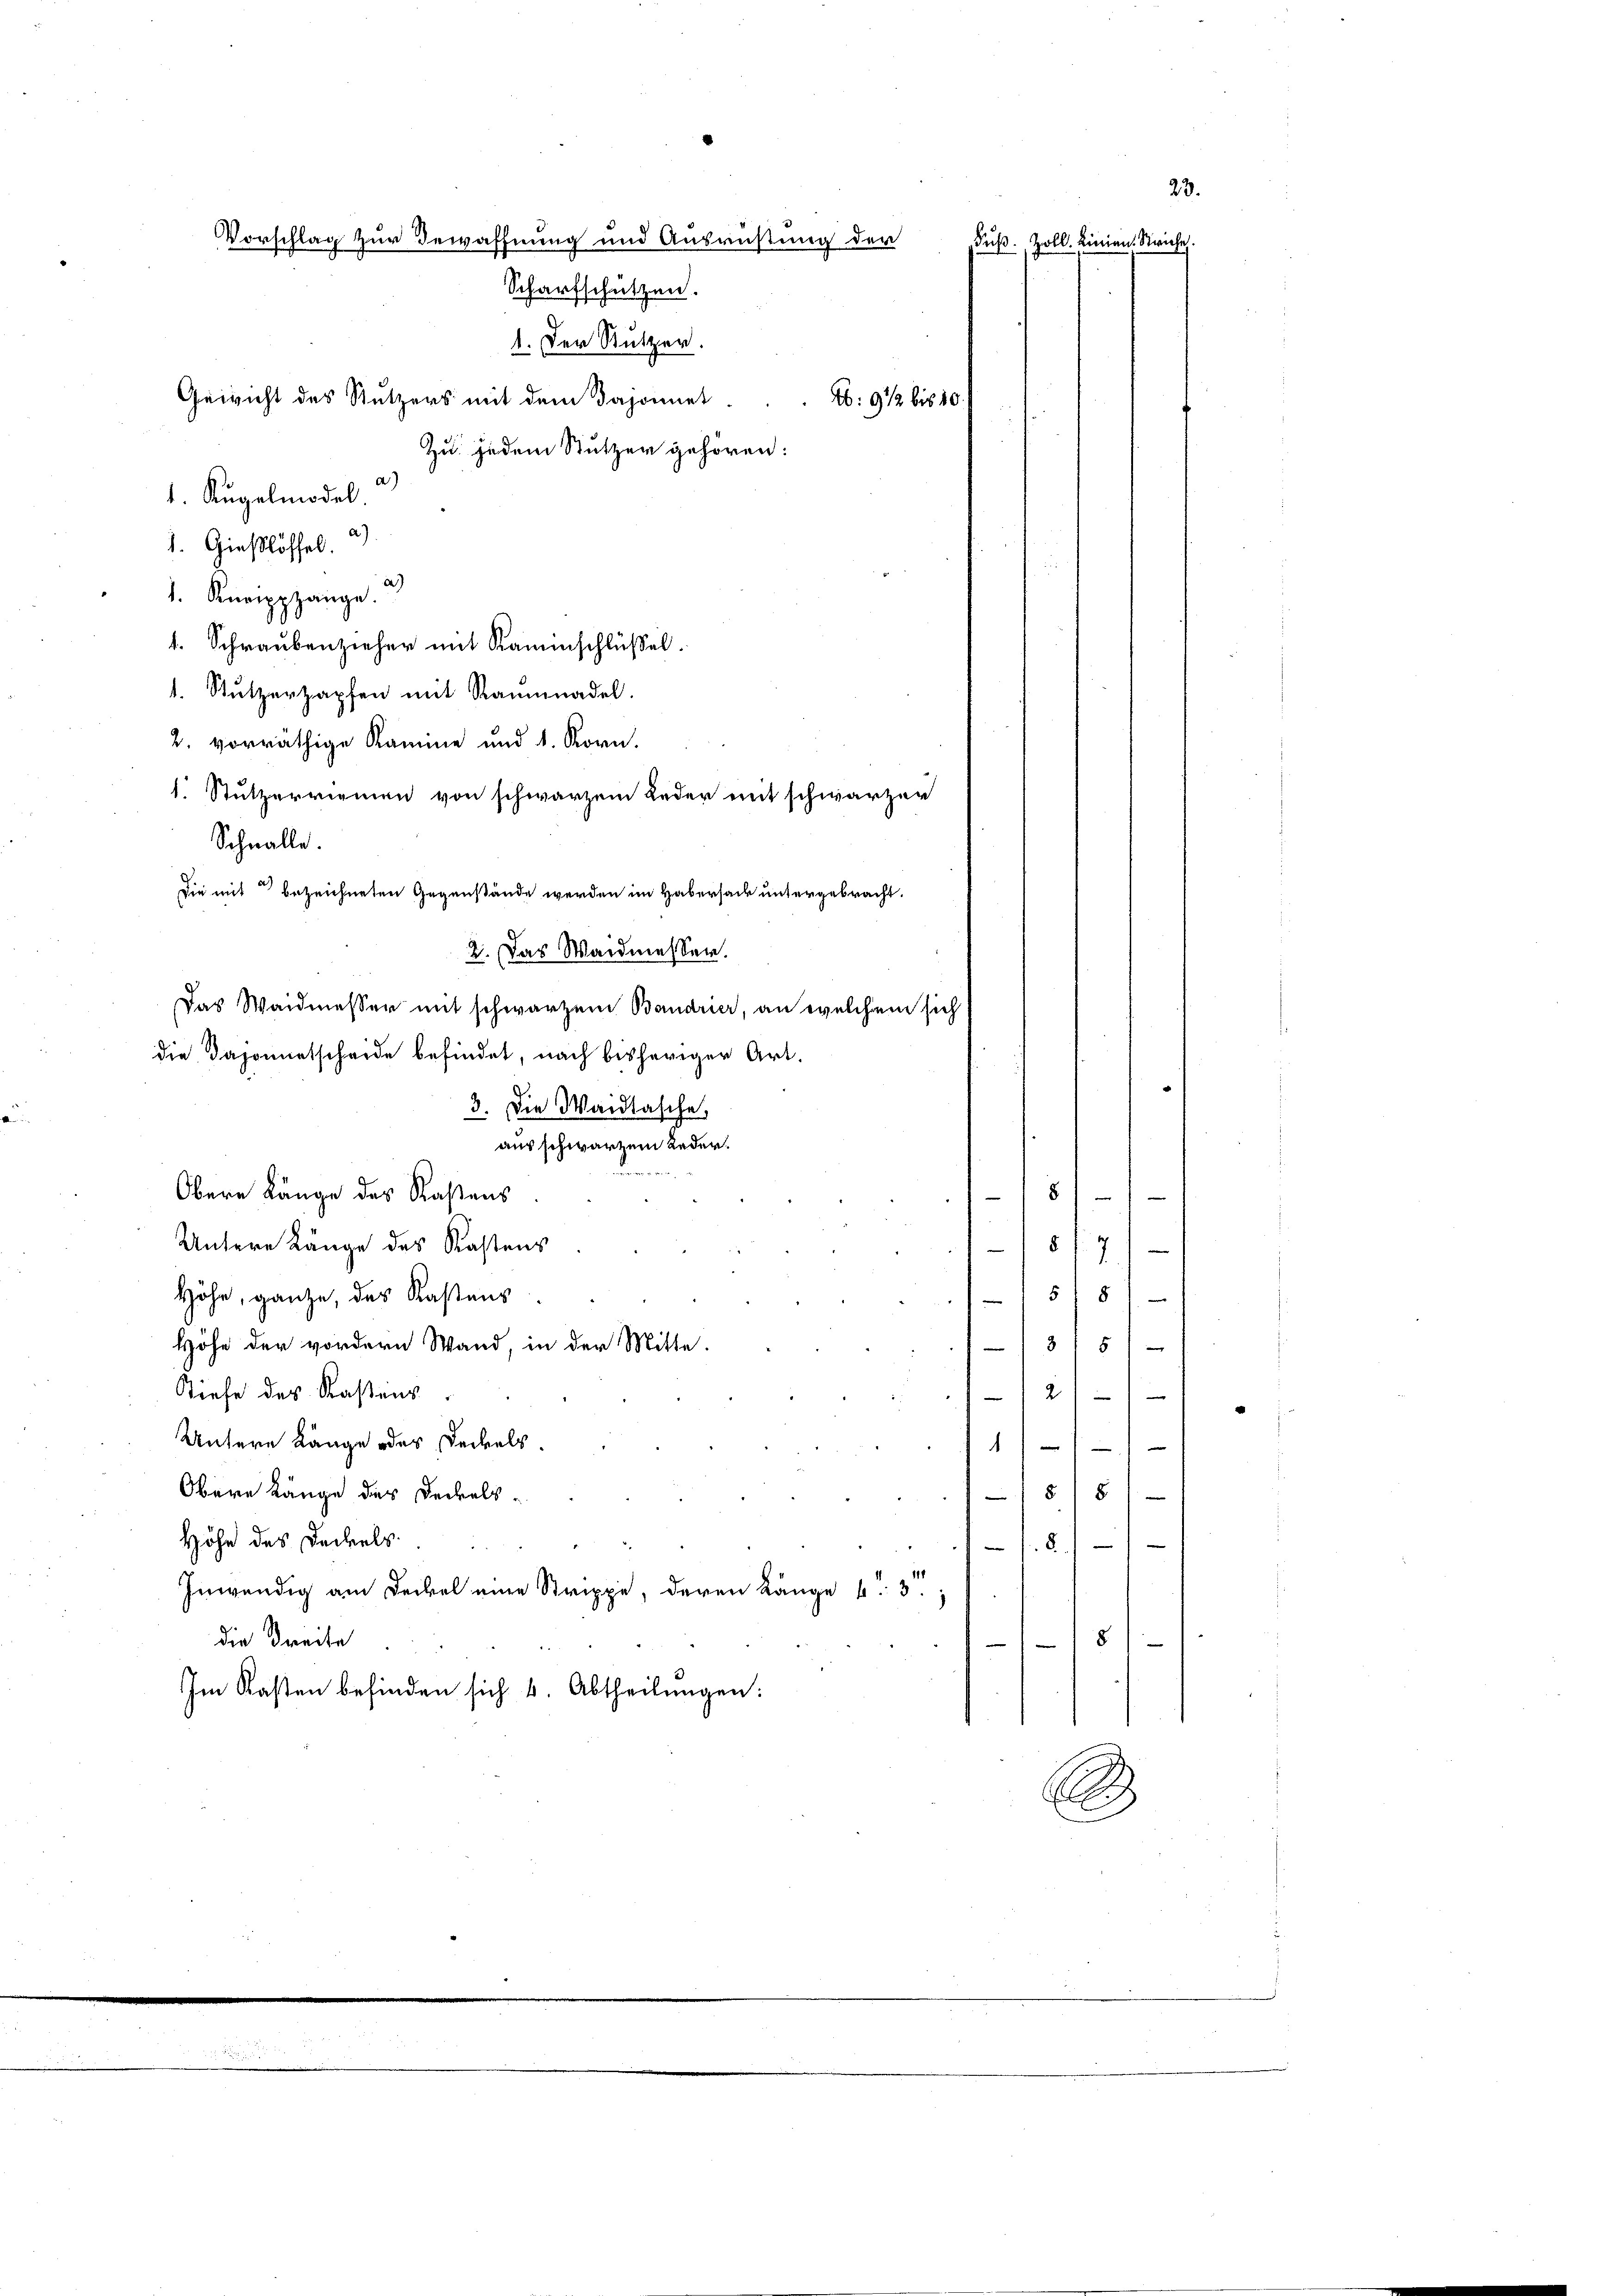
a)
1. Kugelmödel.
1. Gießlöffel.
1. Knappzange.
t. Schraubenzieher mit Kammschlüßel.
1. Stutzerzapfen mit Ramadel.
2. vorräthige Kamme und 1. Korn.
1. Stutzerriemen von schwarzem Leder mit schwarzer
Schnalle.
die mit bezeichneten Gegenstände werden im Habersack untergebracht.
2. Das Wandmessen.
Das Waidmesser mit schwarzem Bandrier, an welchem sich
die Daponietscheide befindet, nach bisheriger Art.
3. Die Waidtasche,
aus schwarzen Leder.
e
Obere Länge des Kastens
Untere Länge des Kastens
Höhe, ganze, das Kastens
Höhe der vordern Wand, in der Mitte.
Stiefe des Kastens
Untere Länge oder Deckels.
Obere Länge des Deckels-
Höhe des Deckels.
Inwendig am Deckel eine Strippe, deren Länge v. 3.
die Breite
Im Kasten befinden sich 4. Abtheilungen:

23.
Vorschlag zur Bewaffnung und Ausrüstung der
Fuß. Zoll. Linien. Streiche.
Scharfschützen.
1. Der Stutzer.
Gewicht des Stutzers mit dem Daponnet
A: 9 1/2 bis 20
Zu jedem Stutzen gehören:

18/1
8 f. 7
|
8
1815
12
1
55
8./1

.

8